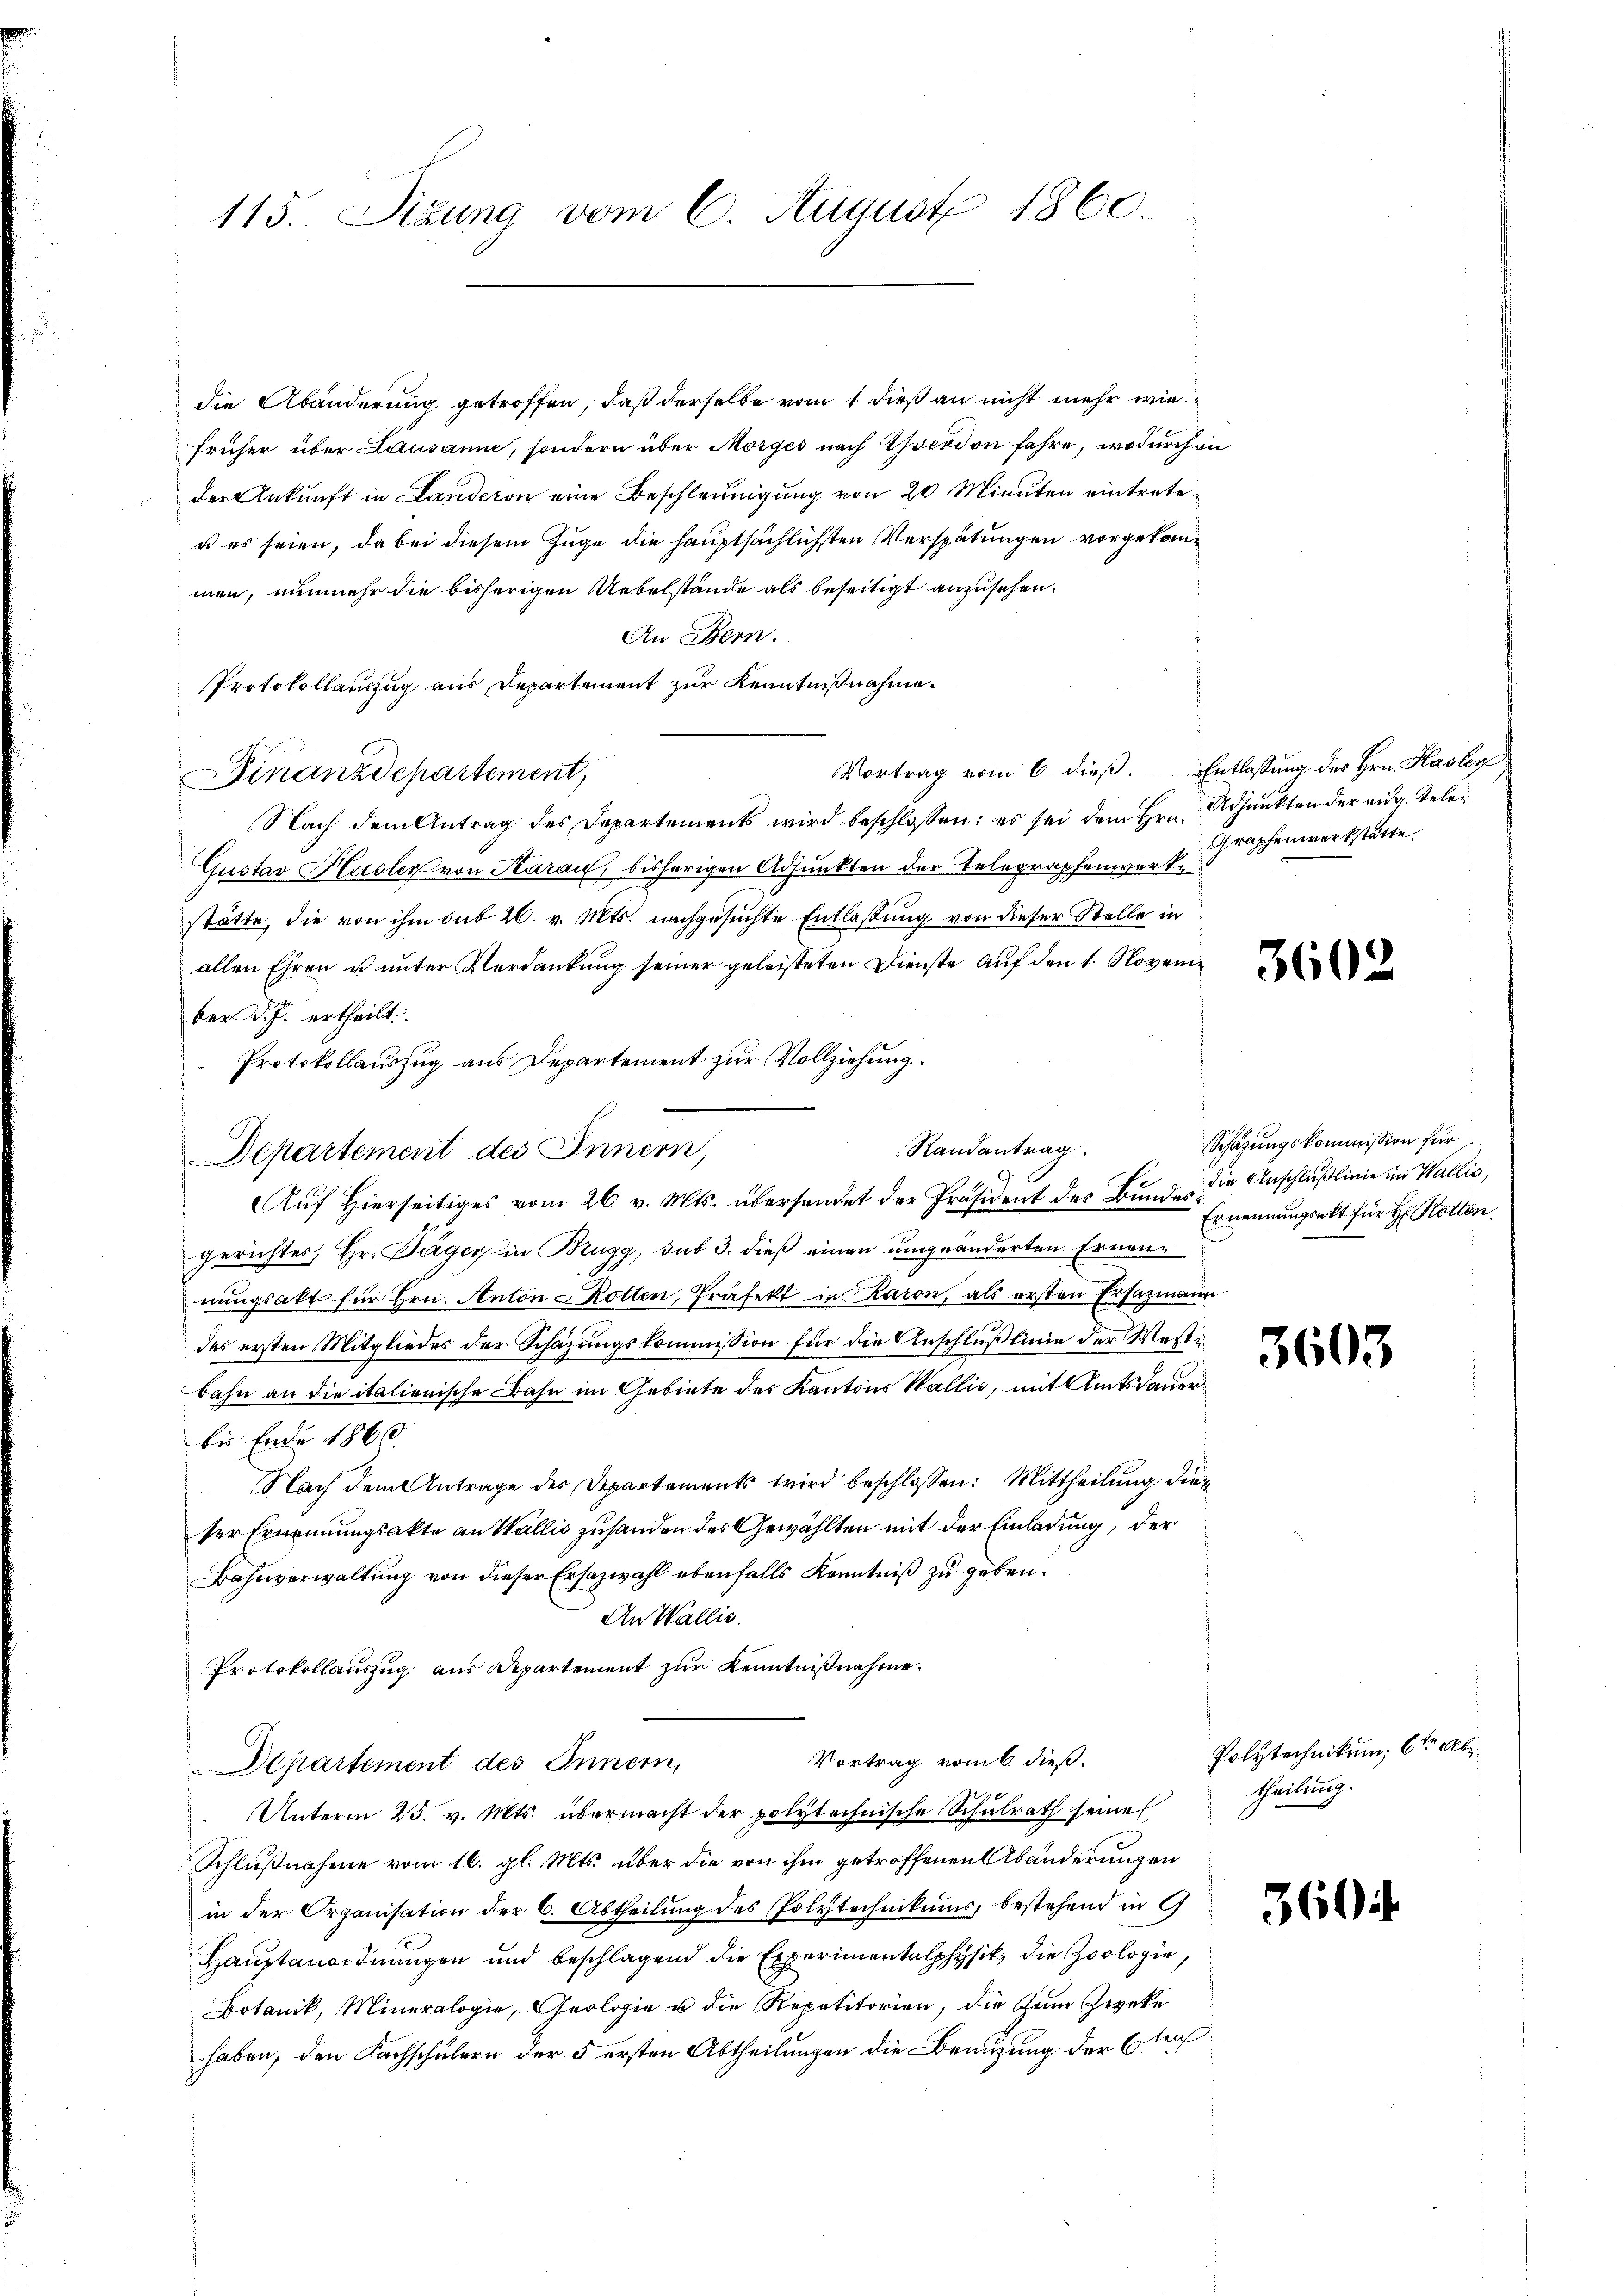
die Abänderung getroffen, daß derselbe vom 1 dieß an nicht mehr wie
früher über Lausanne, sondern über Morges nach verdon fahre, wodurch in
der Ankunft in Landeron eine Beschleunigung von 20 Minuten eintrete
u es seien, da bei diesem Zuge die hauptsächlichsten Verspätungen vorgekommen, nunmehr die bisherigen Uebelstände als beseitigt anzusehen.
An Bern.
Protokollauszug aus Departement zur Kenntnißnahme.
Vortrag vom 6. dieβ. Entlassung des Hrn. Hasler
Finanzdepartement,
Nach dem Antrag des Departements wird beschlossen: es sei dem Hrn. Adjunkten der eidg. Tele¬
Gustav Hasler von Aarau, bisherigen Adjunkten der Telegraphenwerke
stätte, die von ihm sub 20. v. Mts. nachgesuchte Entlaßung von dieser Stelle in
allen Ehren u unter Verdankung seiner geleisteten Dienste auf den 1. November d. J. ertheilt.
Protokollauszug aus Departement zur Vollziehung.
Departement des Innern,
gerichtes, Hr. Täger in Brugg, sub 3. dieß einen umgeänderten Ernennungsakt für Hrn. Anton Rotten, Präfekt in Raron, als ersten Ersazmann
des ersten Mitgliedes der Schazungskommission für die Anschlußlinie der Westibahn an die italienische Bahn im Gebiete des Kantons Wallis, mit Amtsdauer
bis Ende 1860.
Nach dem Antrage des Departements wird beschlossen: Mittheilung dieser Ernennungsakte an Wallis zuhanden des Gewählten mit der Einladung, der
Bahnverwaltung von dieser Ersazwahl ebenfalls Kenntniß zu geben.
An Wallis.
Protokollauszug aus Apartement zur Kenntnißnahme.
Vortrag vom 6. dieß.
Departement des Innern,
Unterm 25. v. Mts. übermacht der polytechnische Schulrath seine
Schlußnahme vom 16. gl. Mts. über die von ihm getroffenen Abänderungen
in der Organisation der 6. Abtheilung des Polytechnikums, bestehend in G
Hauptanordnungen und beschlagend die Experimentalphysik, die Zoologie,
Botanik, Mineralogie, Geologie u die Repetitorien, die Zum Zweke
haben, den Fachschülern der 5 ersten Abtheilungen die Benuzung der Ester

115. Sizung vom 6. August 1860.

Randantrag.
Auf Hierseitiges vom 26. v. Mts. überhandet der Präsident des Bunde die Anschlußlinie im Wallić,

Graphenwerkstätte.

3602

Schazungskommission für
Ernennungsakt für Hr. Rotten.

3603

Polytechnikum 6ten Ab¬
Theilung.

360